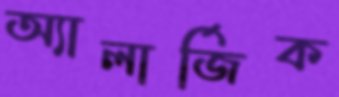
অ্যালার্জিক